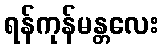
ရန်ကုန်မန္တလေး